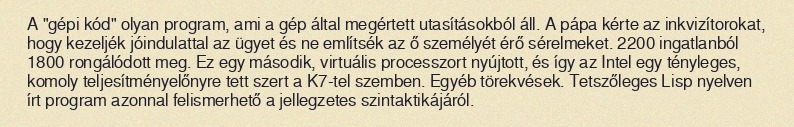
A "gépi kód" olyan program, ami a gép által megértett utasításokból áll. A pápa kérte az inkvizítorokat, hogy kezeljék jóindulattal az ügyet és ne említsék az ő személyét érő sérelmeket. 2200 ingatlanból 1800 rongálódott meg. Ez egy második, virtuális processzort nyújtott, és így az Intel egy tényleges, komoly teljesítményelőnyre tett szert a K7-tel szemben. Egyéb törekvések. Tetszőleges Lisp nyelven írt program azonnal felismerhető a jellegzetes szintaktikájáról.